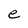
Character: e